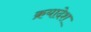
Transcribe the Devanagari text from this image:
क्रयादेश